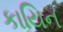
કાયિન